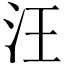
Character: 汪